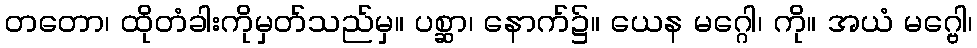
တတော၊ ထိုတံခါးကိုမှတ်သည်မှ။ ပစ္ဆာ၊ နောက်၌။ ယေန မဂ္ဂေါ၊ ကို။ အယံ မဂ္ဗေါ၊